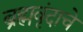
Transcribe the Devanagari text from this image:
ब्रह्मवृंदाचे